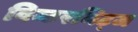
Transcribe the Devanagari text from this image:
विन्टरनिट्ज